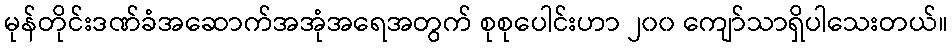
မုန်တိုင်းဒဏ်ခံအဆောက်အအုံအရေအတွက် စုစုပေါင်းဟာ ၂၀၀ ကျော်သာရှိပါသေးတယ်။